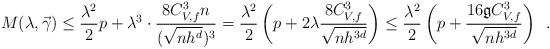
LaTeX: \begin{align*}M(\lambda, \vec \gamma) \leq \dfrac{\lambda^2}{2} p + \lambda^3 \cdot\dfrac{8C_{V,f}^3 n}{(\sqrt{nh^d})^3} = \dfrac{\lambda^2}{2} \left(p + 2 \lambda \dfrac{8C_{V,f}^3}{\sqrt{nh^{3d}}}\right) \leq\dfrac{\lambda^2}{2} \left(p + \dfrac{16 \mathfrak g C_{V,f}^3}{\sqrt{nh^{3d}}}\right)\enspace .\end{align*}